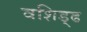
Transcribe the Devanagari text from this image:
वशिड्ढ